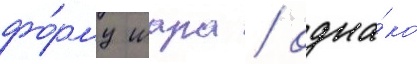
фо́рму шара / одна́ко